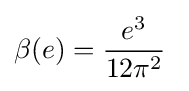
\beta (e)={\frac {e^{3}}{12\pi ^{2}}}~